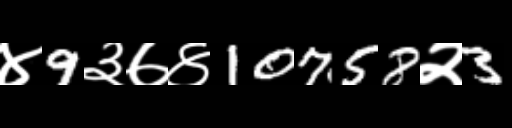
Text: ४9३७४10758२3